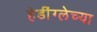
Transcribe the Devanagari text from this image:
हेडींग्लेच्या